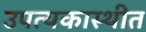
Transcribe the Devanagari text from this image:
उपत्यकास्थीत